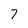
Character: 7